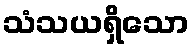
သံသယရှိသော